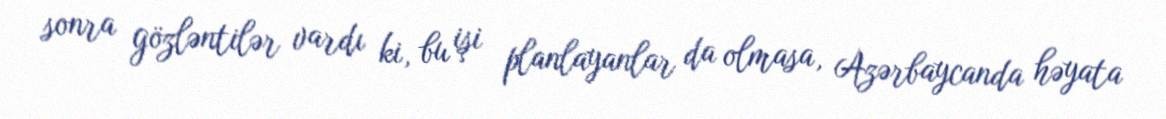
sonra gözləntilər vardı ki, bu işi planlayanlar da olmasa, Azərbaycanda həyata